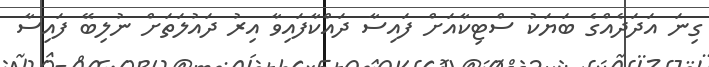
ގިނަ އަދަދެއްގެ ބަޔަކު ސްޓިކާއަށް ފައިސާ ދައްކާފައިވާ އިރު ދައުލަތަށް ނުލިބޭ ފައިސާ